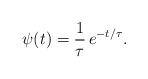
\begin{align*}\psi(t) = \frac{1}{\tau}\,e^{-t/\tau}.\end{align*}